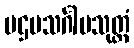
ပဌမသင်္ဂါမသုတ္တံ